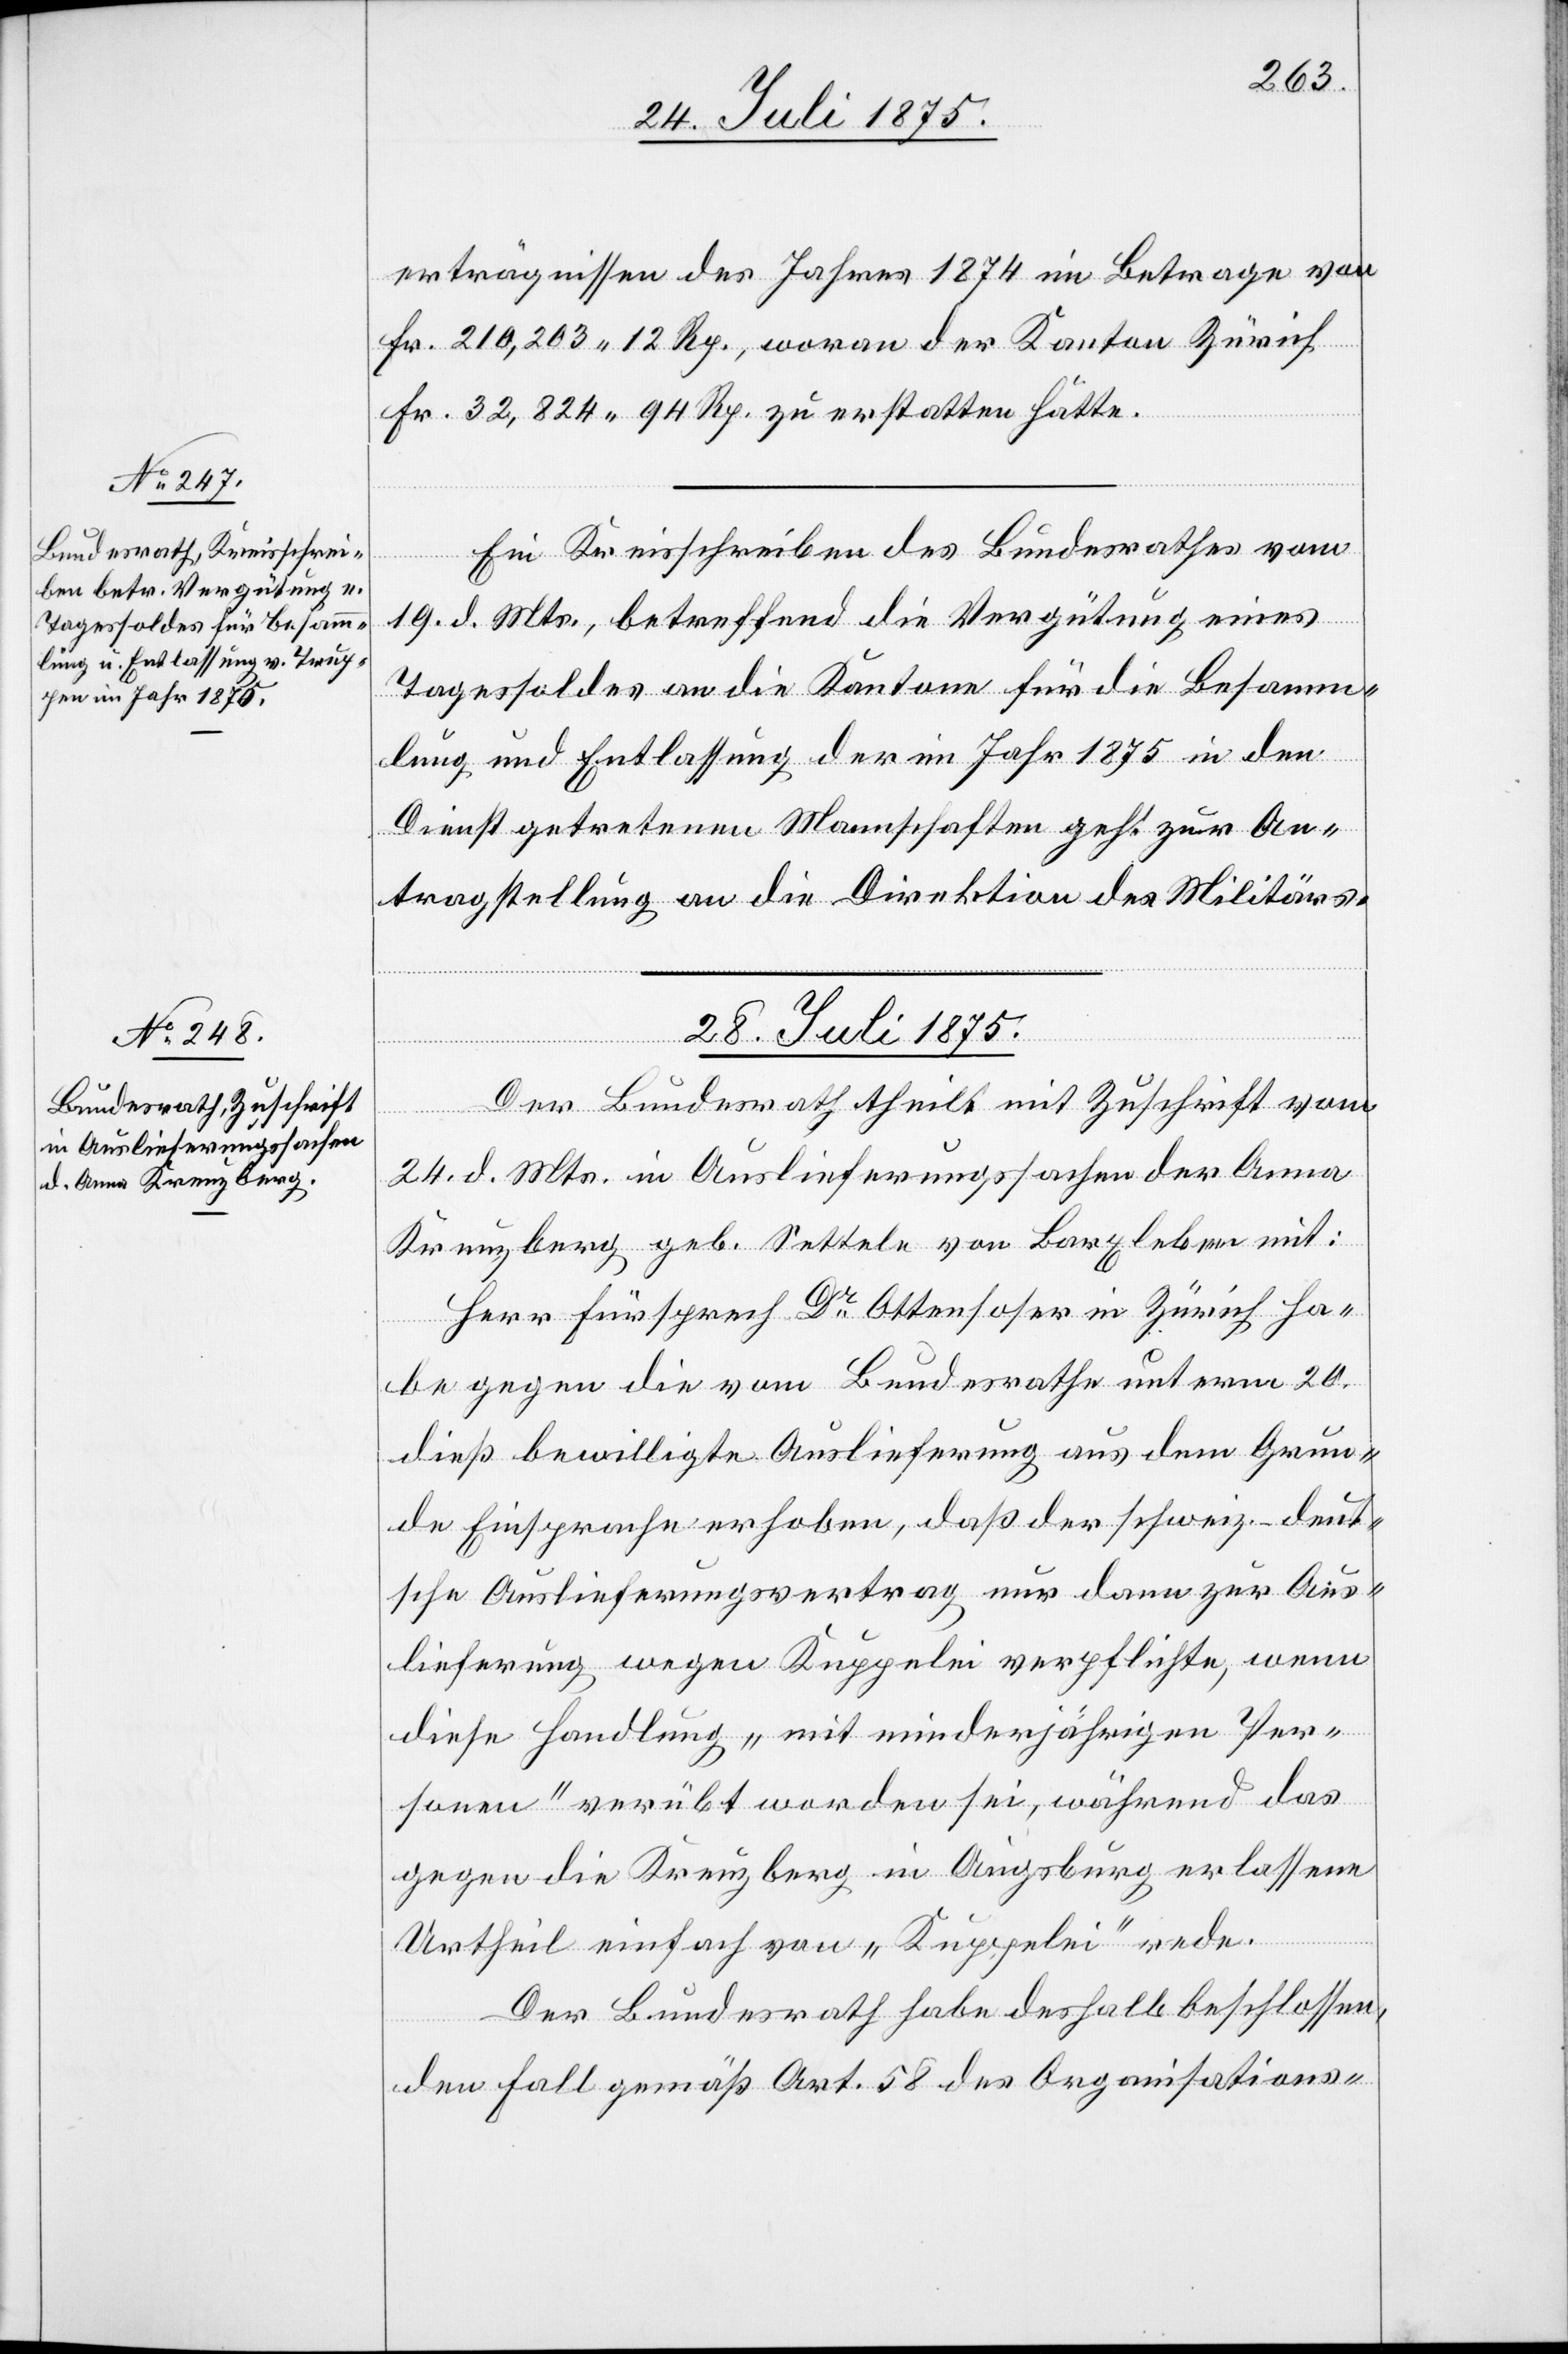
erträgnissen des Jahres 1874 im Betrage von
Fr. 210,203 12 Rp., woran der Kanton Zürich
Fr. 32,824 94 Rp. zu erstatten hätte.
Ein Kreisschreiben des Bundesrathes vom
19. d. Mts., betreffend die Vergütung eines
Tagessoldes an die Kantone für die Besamm¬
lung und Entlassung der im Jahr 1875 in den
Dienst getretenen Mannschaften geht zur An¬
tragstellung an die Direktion des Militärs.
28. Juli 1875.
Der Bundesrath theilt mit Zuschrift vom
24. d. Mts. in Auslieferungssachen der Anna
Kreuzberg geb. Settele von Barxleben mit:
Herr Fürsprech Dr Ottenhofer in Zürich ha¬
be gegen die vom Bundesrathe unterm 20.
dieß bewilligte Auslieferung aus dem Grun¬
de Einsprache erhoben, daß der schweiz.-deut¬
sche Auslieferungsvertrag nur dann zur Aus¬
lieferung wegen Kuppelei verpflichte, wenn
diese Handlung „mit minderjährigen Per¬
sonen“ verübt worden sei, während das
gegen die Kreuzberg in Augsburg erlassene
Urtheil einfach von „Kuppelei“ rede.
Der Bundesrath habe desshalb beschlossen,
den Fall gemäß Art. 58 des Organisations-